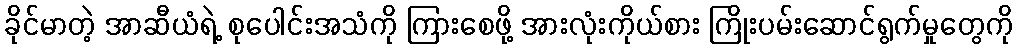
ခိုင်မာတဲ့ အာဆီယံရဲ့ စုပေါင်းအသံကို ကြားစေဖို့ အားလုံးကိုယ်စား ကြိုးပမ်းဆောင်ရွက်မှုတွေကို